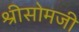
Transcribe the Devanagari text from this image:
श्रीसोमजी